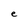
Character: e